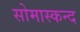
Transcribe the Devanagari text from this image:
सोमास्कन्द